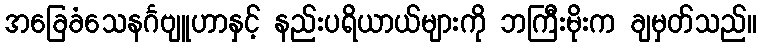
အခြေခံသေနင်္ဂဗျူဟာနှင့် နည်းပရိယာယ်များကို ဘကြီးမိုးက ချမှတ်သည်။